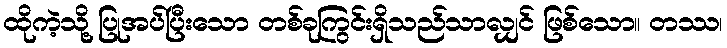
ထိုကဲ့သို့ ပြုအပ်ပြီးသော တစ်ခုကြွင်းရှိသည်သာလျှင် ဖြစ်သော။ တဿ၊